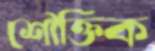
শৌক্তিক